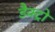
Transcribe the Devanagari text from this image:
डैक्ट्रो